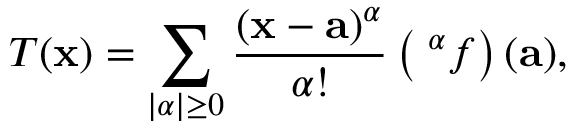
T ( \mathbf { x } ) = \sum _ { | \alpha | \geq 0 } { \frac { ( \mathbf { x } - \mathbf { a } ) ^ { \alpha } } { \alpha ! } } \left( { \mathrm { \partial } ^ { \alpha } } f \right) ( \mathbf { a } ) ,